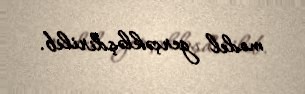
model gerçəkləşdirilib.